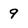
Character: 9